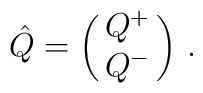
\hat{Q}=\pmatrix{Q^+ \cr Q^- }\,.